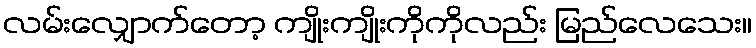
လမ်းလျှောက်တော့ ကျိုးကျိုးကိုကိုလည်း မြည်လေသေး။